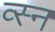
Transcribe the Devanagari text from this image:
व्स्न